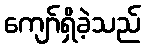
ကျော်ရှိခဲ့သည်